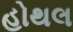
હોથલ